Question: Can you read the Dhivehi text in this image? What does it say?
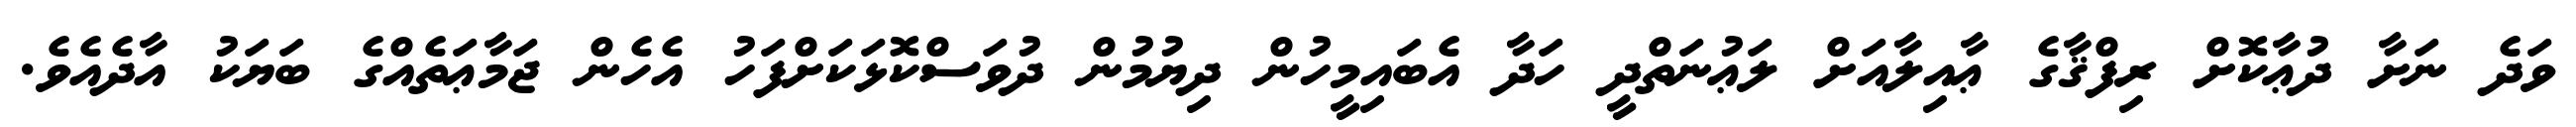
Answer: ވަދެ ނަށާ ދުޢާކޮށް ރިފްޤާގެ ޢާއިލާއަށް ލަޢުނަތްދީ ހަދާ އެބައިމީހުން ދިޔުމުން ދުވަސްކޮޅަކަށްފަހު އެހެން ޖަމާޢަތެއްގެ ބަޔަކު އާދެއެވެ.